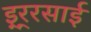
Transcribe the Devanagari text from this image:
इ्र्रसाई